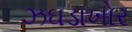
ઝઘડાખોર